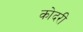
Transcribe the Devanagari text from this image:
कोदरी